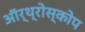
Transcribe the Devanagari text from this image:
ऑर्थ्रोस्कोप